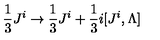
{ \frac { 1 } { 3 } } J ^ { i } \to { \frac { 1 } { 3 } } J ^ { i } + { \frac { 1 } { 3 } } i [ J ^ { i } , \Lambda ]